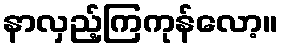
နာလှည့်ကြကုန်လော့။